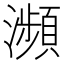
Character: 瀕